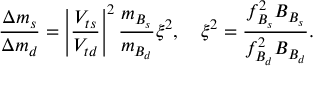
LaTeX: \frac { \Delta m _ { s } } { \Delta m _ { d } } = \left| \frac { V _ { t s } } { V _ { t d } } \right| ^ { 2 } \frac { m _ { B _ { s } } } { m _ { B _ { d } } } \xi ^ { 2 } , \quad \xi ^ { 2 } = \frac { f _ { B _ { s } } ^ { 2 } B _ { B _ { s } } } { f _ { B _ { d } } ^ { 2 } B _ { B _ { d } } } .